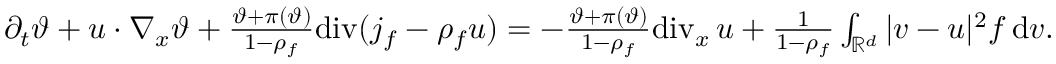
\begin{array} { r } { \partial _ { t } \vartheta + u \cdot \nabla _ { x } \vartheta + \frac { \vartheta + \pi ( \vartheta ) } { 1 - \rho _ { f } } \mathrm { d i v } ( j _ { f } - \rho _ { f } u ) = - \frac { \vartheta + \pi ( \vartheta ) } { 1 - \rho _ { f } } \mathrm { d i v } _ { x } \, u + \frac { 1 } { 1 - \rho _ { f } } \int _ { \mathbb R ^ { d } } \vert v - u \vert ^ { 2 } f \, \mathrm { d } v . } \end{array}